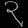
Digit: ၃